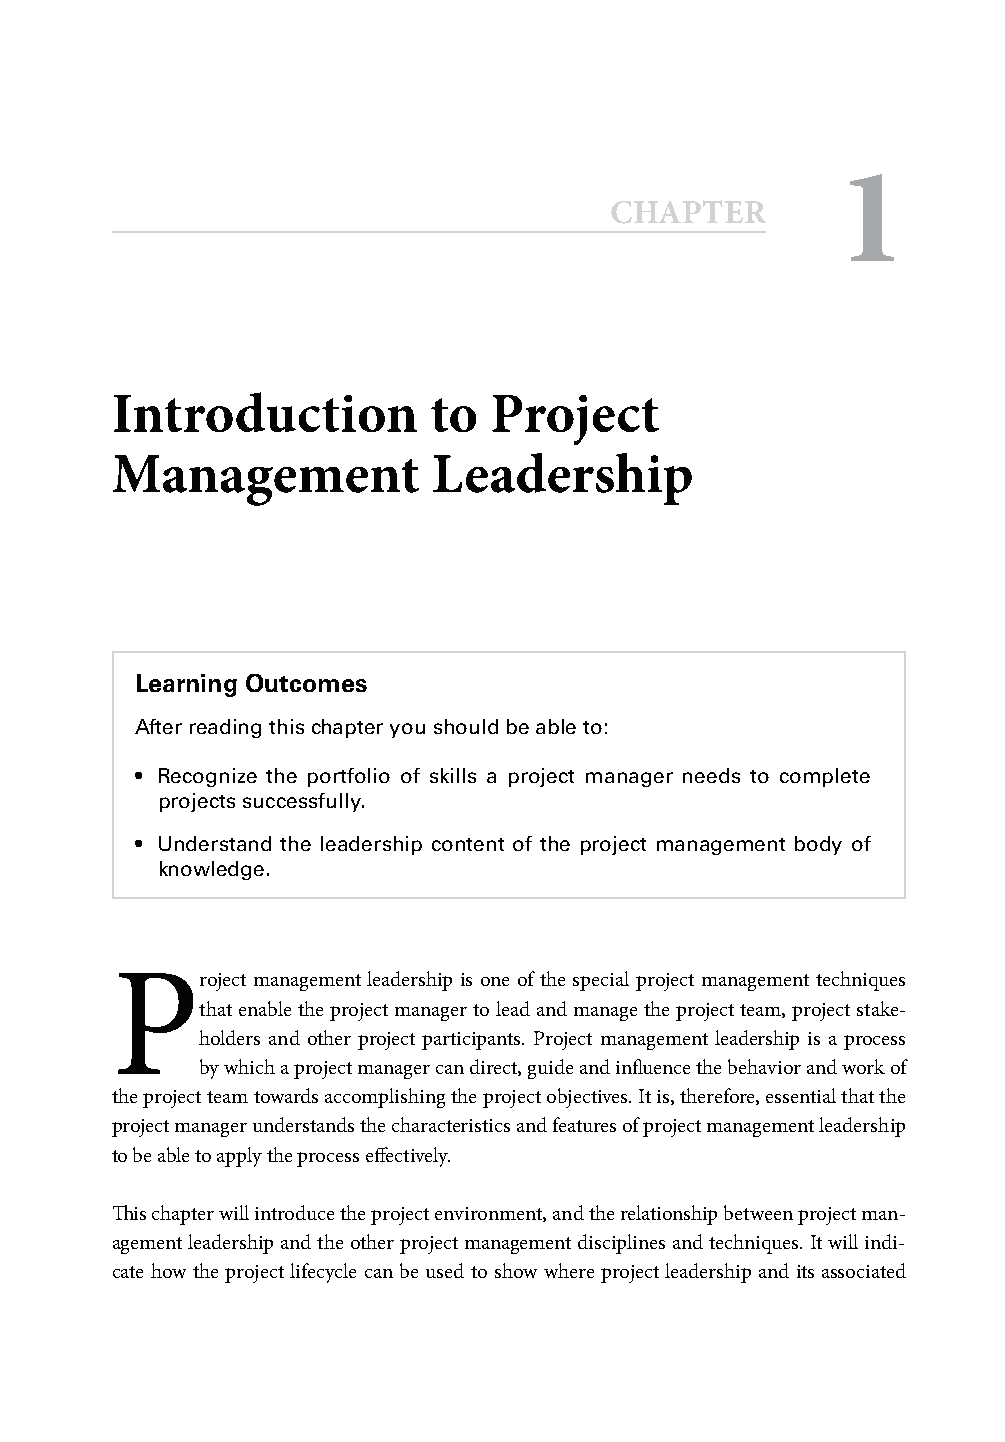
1
 CCHHAAPPTTEERR
 Introduction         to  Project
 Management            Leadership
 Learning Outcomes
 After reading this chapter you should be able to:
 • Recognize the portfolio of skills a project manager needs to complete
 projects successfully.
 • Understand the leadership content of the project management body of
 knowledge.
 P
 roject management leadership is one of the special project management techniques
 that enable the project manager to lead and manage the project team, project stake-
 holders and other project participants. Project management leadership is a process
 by which a project manager can direct, guide and infl uence the behavior and work of
 the project team towards accomplishing the project objectives. It is, therefore, essential that the
 project manager understands the characteristics and features of project management leadership
 to be able to apply the process eff ectively.
 Th is chapter will introduce the project environment, and the relationship between project man-
 agement leadership and the other project management disciplines and techniques. It will indi-
 cate how the project lifecycle can be used to show where project leadership and its associated